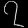
Digit: ၇